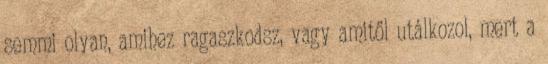
semmi olyan, amihez ragaszkodsz, vagy amitől utálkozol, mert a